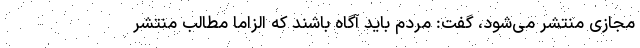
مجازی منتشر می‌شود، گفت: مردم باید آگاه باشند که الزاما مطالب منتشر